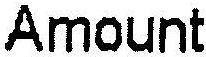
AMOUNT